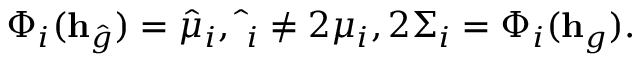
\Phi _ { i } ( \mathbf h _ { \hat { g } } ) = \hat { \mu } _ { i } , \hat { \mathbf \Sigma } _ { i } \neq 2 \mu _ { i } , 2 \Sigma _ { i } = \Phi _ { i } ( \mathbf h _ { g } ) .